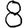
Digit: 8